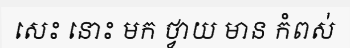
សេះ នោះ មក ថ្វាយ មាន កំពស់